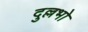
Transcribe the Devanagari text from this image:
दुल्लभो